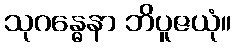
သုဂန္ဓေနာ ဘိပူဇယုံ။